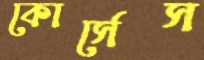
কোর্সেস